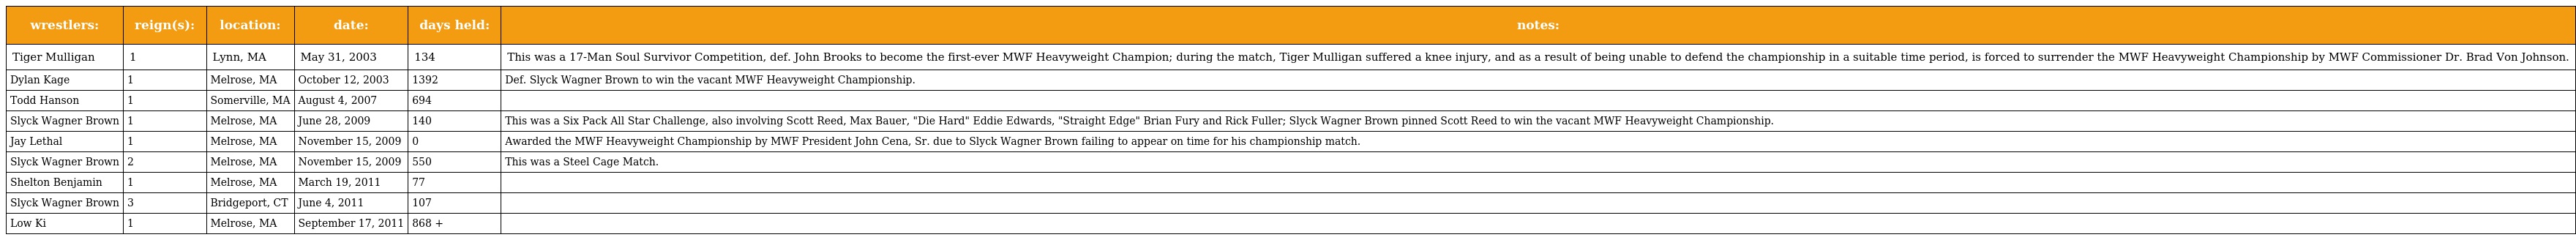
| wrestlers: | reign(s): | location: | date: | days held: | notes: |
 | --- | --- | --- | --- | --- | --- |
 | Tiger Mulligan | 1 | Lynn, MA | May 31, 2003 | 134 | This was a 17-Man Soul Survivor Competition, def. John Brooks to become the first-ever MWF Heavyweight Champion; during the match, Tiger Mulligan suffered a knee injury, and as a result of being unable to defend the championship in a suitable time period, is forced to surrender the MWF Heavyweight Championship by MWF Commissioner Dr. Brad Von Johnson. |
 | Dylan Kage | 1 | Melrose, MA | October 12, 2003 | 1392 | Def. Slyck Wagner Brown to win the vacant MWF Heavyweight Championship. |
 | Todd Hanson | 1 | Somerville, MA | August 4, 2007 | 694 |  |
 | Slyck Wagner Brown | 1 | Melrose, MA | June 28, 2009 | 140 | This was a Six Pack All Star Challenge, also involving Scott Reed, Max Bauer, "Die Hard" Eddie Edwards, "Straight Edge" Brian Fury and Rick Fuller; Slyck Wagner Brown pinned Scott Reed to win the vacant MWF Heavyweight Championship. |
 | Jay Lethal | 1 | Melrose, MA | November 15, 2009 | 0 | Awarded the MWF Heavyweight Championship by MWF President John Cena, Sr. due to Slyck Wagner Brown failing to appear on time for his championship match. |
 | Slyck Wagner Brown | 2 | Melrose, MA | November 15, 2009 | 550 | This was a Steel Cage Match. |
 | Shelton Benjamin | 1 | Melrose, MA | March 19, 2011 | 77 |  |
 | Slyck Wagner Brown | 3 | Bridgeport, CT | June 4, 2011 | 107 |  |
 | Low Ki | 1 | Melrose, MA | September 17, 2011 | 868 + |  |